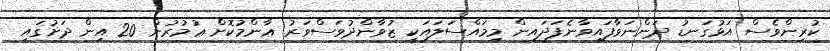
ކުރިންވެސް އަޅުގަނޑު ދަންނަވާފައިވާނެފަދައިން މިމައްސަލައަކީ ޒުވާންދުވަސްވަރު ޢާންމުކޮށް ޢުމުރުން 20 އިން ދަށުގައި